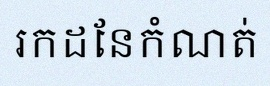
រកដែនកំណត់